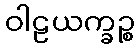
ဝါဠယက္ခဉ္စ